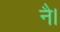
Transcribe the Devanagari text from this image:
नै।